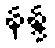
နန္ဒ